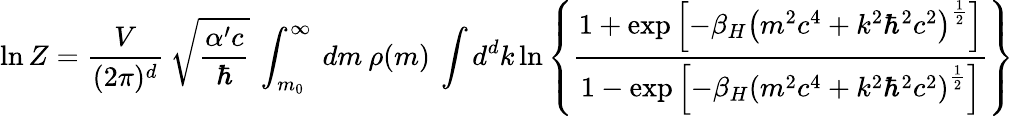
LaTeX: \ln Z=\frac{V}{(2\pi)^{d}}\: \sqrt{\frac{\alpha^{\prime}c}{\hbar}}\: \int_{m_{0}}^{\infty}\: dm\: \rho(m)\: \int d^{d}k\ln\left\lbrace\frac{1+\exp\left\lbrack-\beta_{H}\left(m^{2}c^{4}+k^{2}\hbar^{2}c^{2}\right)^{\frac{1}{2}}\right\rbrack}{1-\exp\left\lbrack-\beta_{H}\left(m^{2}c^{4}+k^{2}\hbar^{2}c^{2}\right)^{\frac{1}{2}}\right\rbrack}\right\rbrace